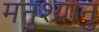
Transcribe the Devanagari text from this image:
मनुश्यानु